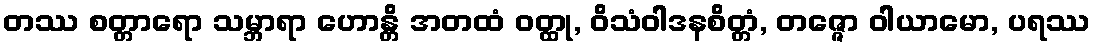
တဿ စတ္တာရော သမ္ဘာရာ ဟောန္တိ အတထံ ဝတ္ထု, ဝိသံဝါဒနစိတ္တံ, တဇ္ဇော ဝါယာမော, ပရဿ